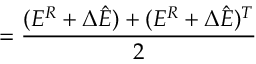
= \frac { ( E ^ { R } + \Delta \hat { E } ) + ( E ^ { R } + \Delta \hat { E } ) ^ { T } } { 2 }